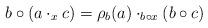
LaTeX: \begin{align*}b\circ (a\cdot_x c) = \rho_b(a)\cdot_{b\circ x} (b\circ c)\end{align*}